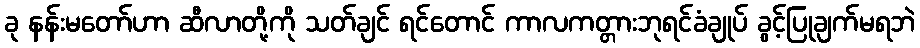
ခု နန်းမတော်ဟာ ဆီလာတို့ကို သတ်ချင် ရင်တောင် ကာလကတ္တားဘုရင်ခံချုပ် ခွင့်ပြုချက်မရဘဲ